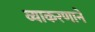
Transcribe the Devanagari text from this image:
व्याकरणाने